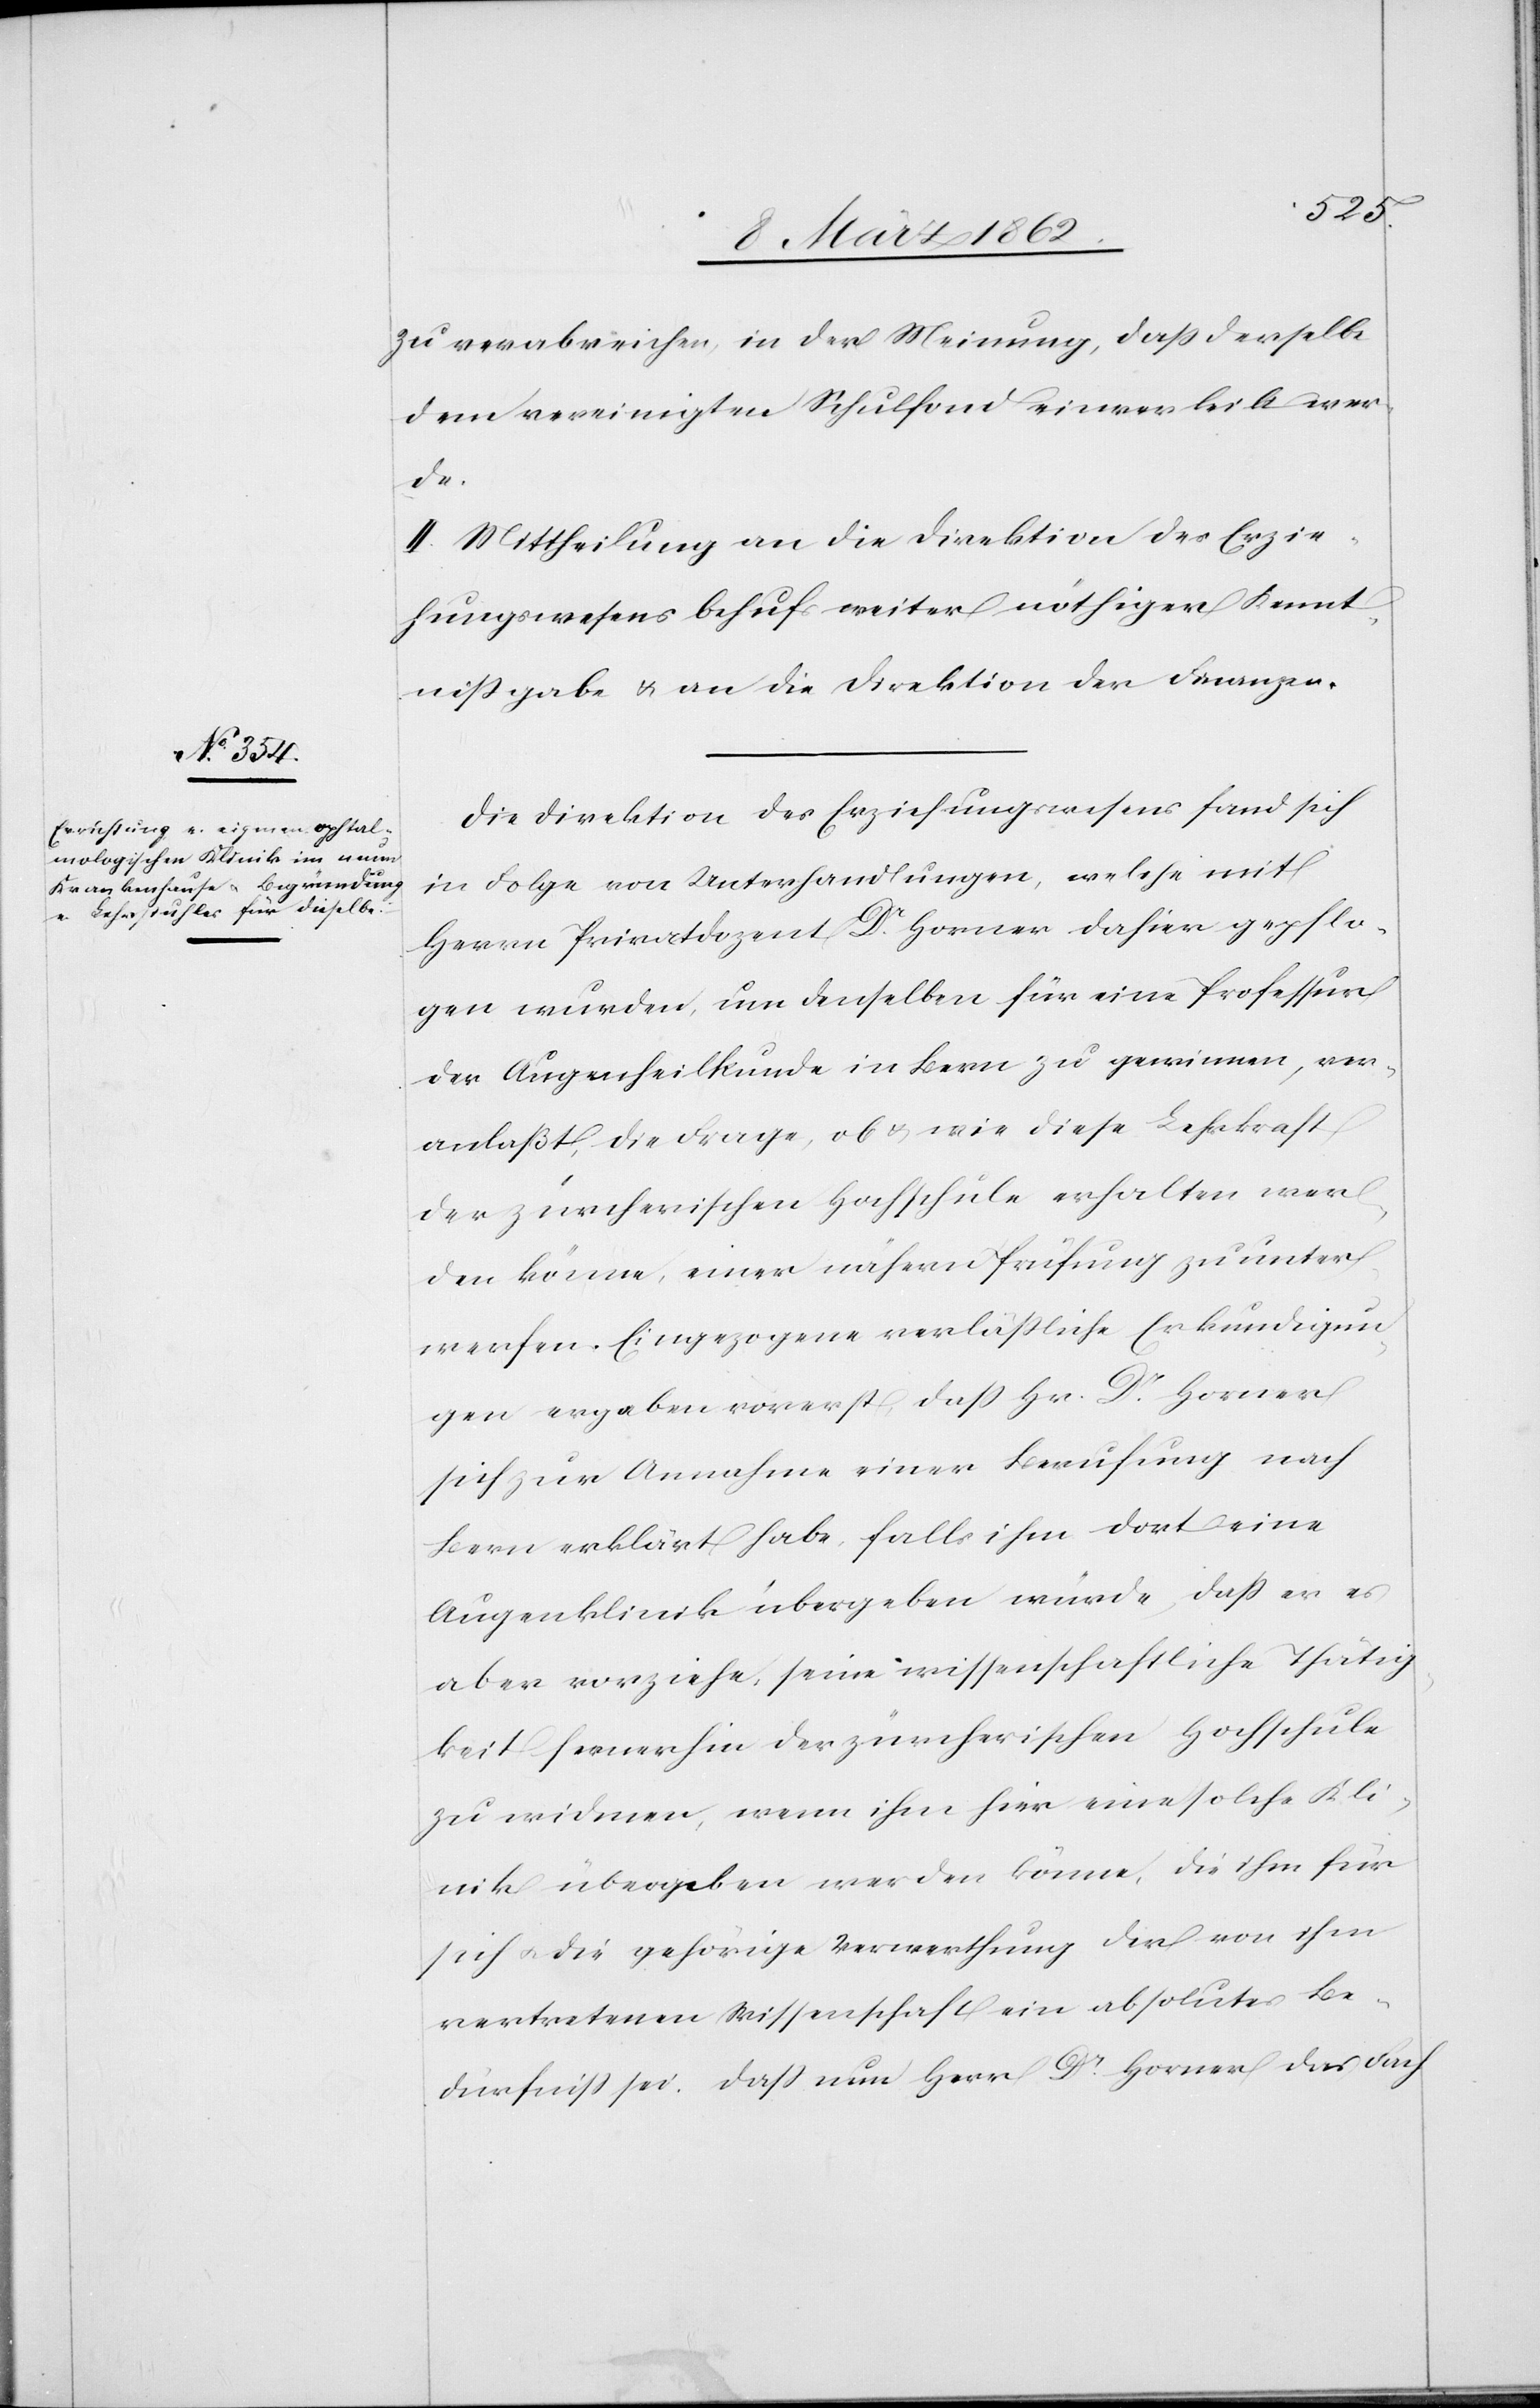
zu verabreichen, in der Meinung, daß derselbe
dem vereinigten Schulfond einverleibt wer¬
de.
II. Mittheilung an die Direktion des Erzie¬
hungswesens behufs weiter nöthiger Kennt¬
nißgabe u. an die Direktion der Finanzen.
Die Direktion des Erziehungswesens fand sich
in Folge von Unterhandlungen, welche mit
Herrn Privatdozent Dr. Horner dahier gepflo¬
gen wurden, um denselben für eine Professur
der Augenheilkunde in Bern zu gewinnen, ver¬
anlaßt, die Frage, ob & wie diese Lehrkraft
der zürcherischen Hochschule erhalten wer¬
den könne, einer nähern Prüfung zu unter¬
werfen. Eingezogene verläßliche Erkundigun¬
gen ergaben vorerst, daß Hr. Dr. Horner
sich zur Annahme einer Berufung nach
Bern erklärt habe, falls ihm dort eine
Augenklinik übergeben würde, daß er es
aber vorziehe, seine wissenschaftliche Thätig¬
keit fernerhin der zürcherischen Hochschule
zu widmen, wenn ihm hier eine solche Kli¬
nik übergeben werden könne, die ihm für
sich u. die gehörige Verwerthung der von ihm
vertretenen Wissenschaft ein absolutes Be¬
dürfniß sei. Daß nun Herr Dr. Horner das Fach